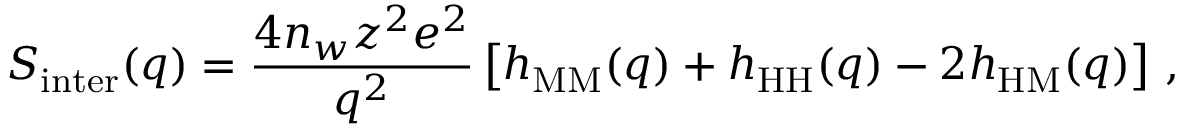
S _ { \mathrm { i n t e r } } ( q ) = \frac { 4 n _ { w } z ^ { 2 } e ^ { 2 } } { q ^ { 2 } } \left[ h _ { \mathrm { M M } } ( q ) + h _ { \mathrm { H H } } ( q ) - 2 h _ { \mathrm { H M } } ( q ) \right] \, ,